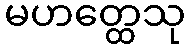
မဟတ္ထေသု